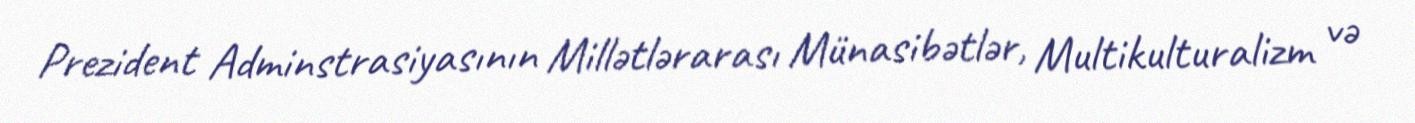
Prezident Adminstrasiyasının Millətlərarası Münasibətlər, Multikulturalizm və